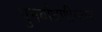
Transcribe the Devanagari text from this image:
पुनर्बांधणीनंतर